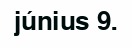
június 9.